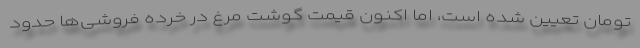
تومان تعیین شده است، اما اکنون قیمت گوشت مرغ در خرده فروشی‌ها حدود